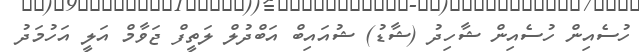
ހުސެއިން ހުސެއިން ޝާހިދު (ޝާޑު) ޝުއައިބް އަބްދުލް ލަތީފް ޖަވާމް އަލީ އަހުމަދު